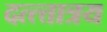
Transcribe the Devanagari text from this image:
दत्त्त्तात्रय